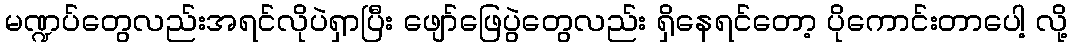
မဏ္ဍပ်တွေလည်းအရင်လိုပဲရှာပြီး ဖျော်ဖြေပွဲတွေလည်း ရှိနေရင်တော့ ပိုကောင်းတာပေါ့ လို့